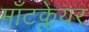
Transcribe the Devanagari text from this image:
माँटक्लेयर